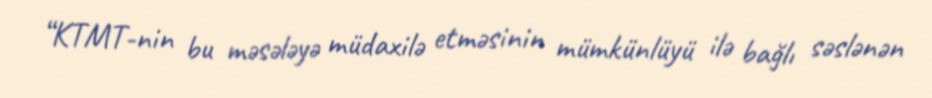
“KTMT-nin bu məsələyə müdaxilə etməsinin mümkünlüyü ilə bağlı səslənən